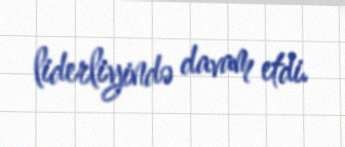
liderliyində davam etdi.